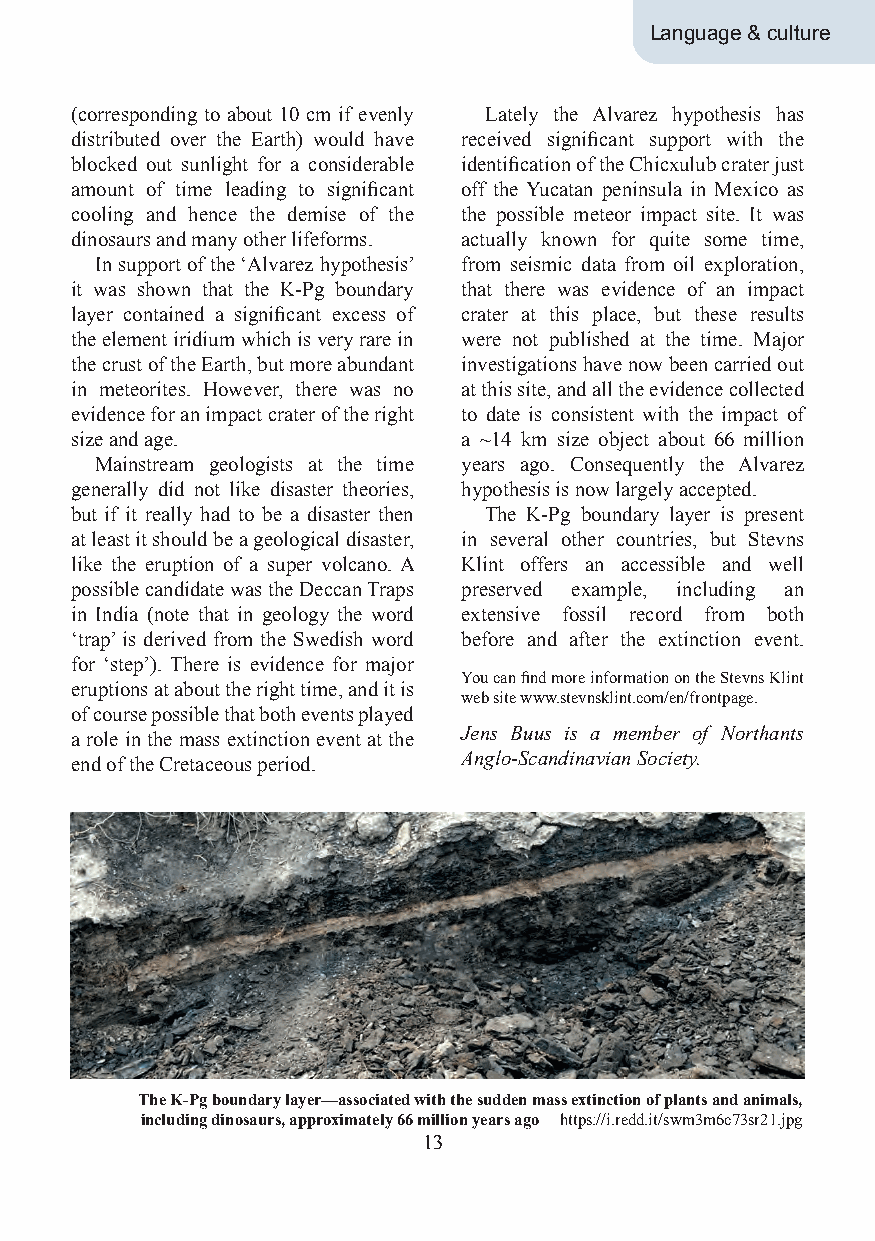
Language & culture
 (corresponding to about 10 cm if evenly Lately the Alvarez hypothesis has
 distributed over the Earth) would have received significant support with the
 blocked out sunlight for a considerable identification of the Chicxulub crater just
 amount of time leading to significant off the Yucatan peninsula in Mexico as
 cooling and hence the demise of the the possible meteor impact site. It was
 dinosaurs and many other lifeforms. actually known for quite some time,
 In support of the ‘Alvarez hypothesis’ from seismic data from oil exploration,
 it was shown that the K-Pg boundary that there was evidence of an impact
 layer contained a significant excess of crater at this place, but these results
 the element iridium which is very rare in were not published at the time. Major
 the crust of the Earth, but more abundant investigations have now been carried out
 in meteorites. However, there was no at this site, and all the evidence collected
 evidence for an impact crater of the right to date is consistent with the impact of
 size and age.            a ~14 km size object about 66 million
 Mainstream geologists at the time years ago. Consequently the Alvarez
 generally did not like disaster theories, hypothesis is now largely accepted.
 but if it really had to be a disaster then The K-Pg boundary layer is present
 at least it should be a geological disaster, in several other countries, but Stevns
 like the eruption of a super volcano. A Klint offers an accessible and well
 possible candidate was the Deccan Traps preserved example, including an
 in India (note that in geology the word extensive fossil record from both
 ‘trap’ is derived from the Swedish word before and after the extinction event.
 for ‘step’). There is evidence for major
 You can find more information on the Stevns Klint
 eruptions at about the right time, and it is
 web site www.stevnsklint.com/en/frontpage.
 of course possible that both events played
 a role in the mass extinction event at the Jens Buus is a member of Northants
 end of the Cretaceous period. Anglo-Scandinavian Society.
 The K-Pg boundary layer—associated with the sudden mass extinction of plants and animals,
 including dinosaurs, approximately 66 million years ago https://i.redd.it/swm3m6c73sr21.jpg
 13